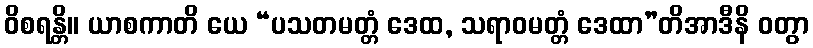
ဝိစရန္တိ။ ယာစကာတိ ယေ “ပသတမတ္တံ ဒေထ, သရာဝမတ္တံ ဒေထာ”တိအာဒီနိ ဝတွာ